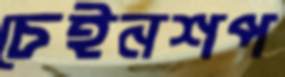
চেইনশপ